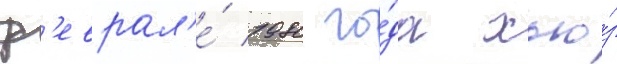
ф'еврал'е́ 1980 го́да хью́з